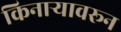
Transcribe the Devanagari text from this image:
किनार्‍यावरून